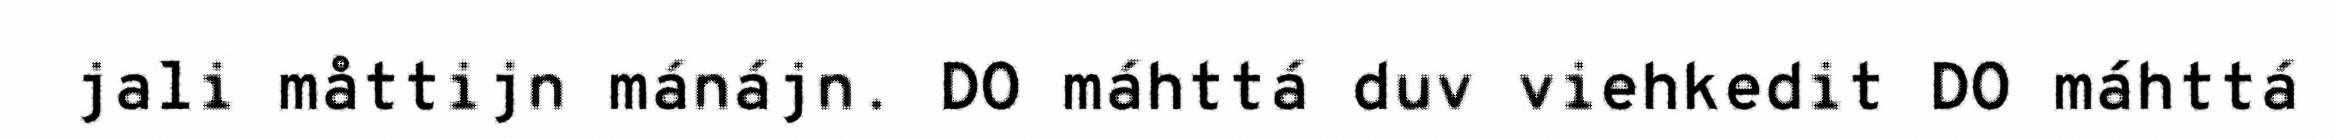
jali måttijn mánájn. DO máhttá duv viehkedit DO máhttá